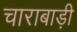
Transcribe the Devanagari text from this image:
चाराबाड़ी